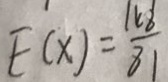
E ( x ) = \frac { 1 6 8 } { 8 1 }